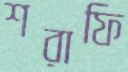
শরাফি